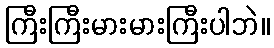
ကြီးကြီးမားမားကြီးပါဘဲ။